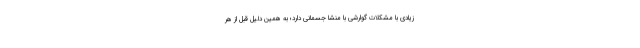
زیادی با مشکلات گوارشی با منشا جسمانی دارد؛ به همین دلیل قبل از هر